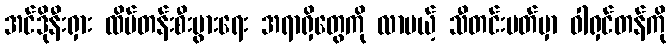
အင်ဒိုနီးရှား ထိပ်တန်းစီးပွားရေး အရာရှိတွေကို လာမယ့် သီတင်းပတ်မှာ ဝါရှင်တန်ကို